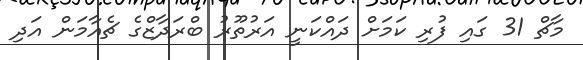
މާޗް 31 ގައި ފުރި ކަމަށް ދައްކަނީ އަރުތޫރު ބްރަދާޒްގެ ޗެއާމަން އަދި